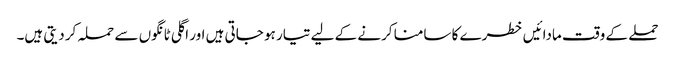
حملے کے وقت مادائیں خطرے کا سامنا کرنے کے لیے تیار ہو جاتی ہیں اور اگلی ٹانگوں سے حملہ کر دیتی ہیں۔